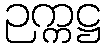
ဉက္ကဋ္ဌ